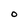
Character: O